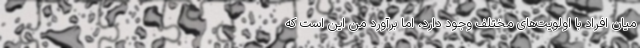
میان افراد با اولویت‌های مختلف وجود دارد، اما برآورد من این است که